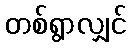
တစ်ရွာလျှင်